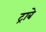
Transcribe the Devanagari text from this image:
ट्राबे